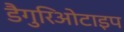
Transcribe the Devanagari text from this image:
डैगुरिओटाइप